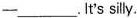
——___. It's silly.